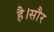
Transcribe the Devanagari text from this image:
है।सौर